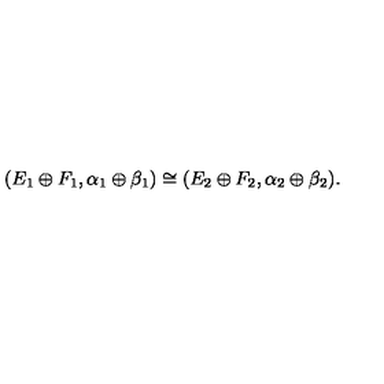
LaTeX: ( E _ { 1 } \oplus F _ { 1 } , \alpha _ { 1 } \oplus \beta _ { 1 } ) \cong ( E _ { 2 } \oplus F _ { 2 } , \alpha _ { 2 } \oplus \beta _ { 2 } ) .